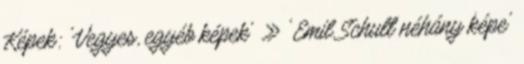
Képek: 'Vegyes, egyéb képek' » 'Emil Schult néhány képe'